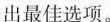
出最佳选项.